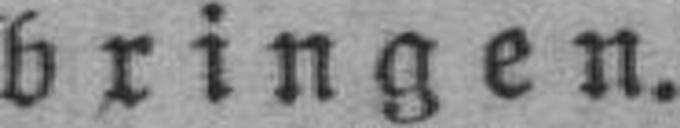
bringen.